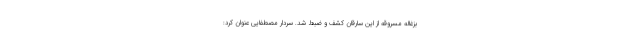
بزغاله مسروقه از این سارقان کشف و ضبط شد. سردار مصطفایی عنوان کرد: